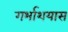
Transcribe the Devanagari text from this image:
गर्भाशयास